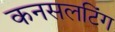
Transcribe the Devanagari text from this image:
कनसलटिंग